Annual report of the Bengal Veterinary College and of the Civil Veterinary Department, Bengal, for the year 1913-1914 - 1913-1914
Year: 1913
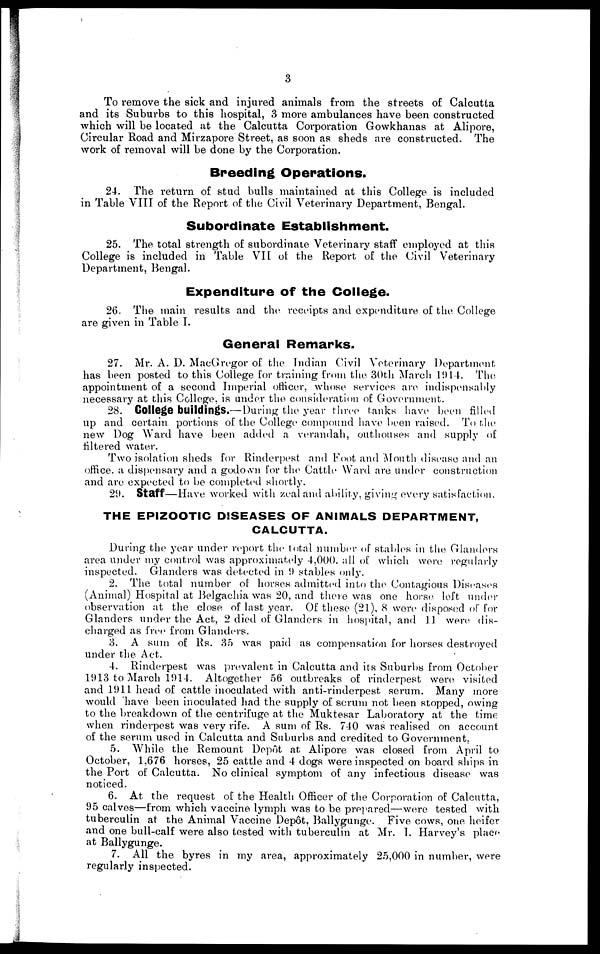
3
To remove the sick and injured animals from the streets of Calcutta
and its Suburbs to this hospital, 3 more ambulances have been constructed
which will be located at the Calcutta Corporation Gowkhanas at Alipore,
Circular Road and Mirzapore Street, as soon as sheds are constructed. The
work of removal will be done by the Corporation.
Breeding Operations.
24. The return of stud bulls maintained at this College is included
in Table VIII of the Report of the Civil Veterinary Department, Bengal.
Subordinate Establishment.
25. The total strength of subordinate Veterinary staff employed at this
College is included in Table VII of the Report of the Civil Veterinary
Department, Bengal.
Expenditure of the College.
26. The main results and the receipts and expenditure of the College
are given in Table I.
General Remarks.
27. Mr. A. D. MacGregor of the Indian Civil Veterinary Department
has been posted to this College for training from the 30th March 1914. The
appointment of a second Imperial officer, whose services are indispensably
necessary at this College, is under the consideration of Government.
28. College buildings.— During the year three tanks have been filled
up and certain portions of the College compound have been raised. To the
new Dog Ward have been added a verandah, outhouses and supply of
filtered water.
Two isolation sheds for Rinderpest and Foot and Mouth disease and an
office a dispensary and a godown for the Cattle Ward are under construction
and are expected to be completed shortly.
29. Staff—Have worked with Zeal and ability, giving every satisfaction,
THE EPIZOOTIC DISEASES OF ANIMALS DEPARTMENT,
CALCUTTA.
During the year under report the total number of stables in the Glanders
area under my control was approximately 4,000. all of which wene regularly
inspected. Glanders was detected in 9 stables only.
2. The total number of horses admitted into the Contagious Diseases
(Animal) Hospital at Belgachia was 20, and there was one horse left under
observation at the close of last year. Of these (21), 8 were disposed of for
Glanders under the Act, 2 died of Glanders in hospital, and 11 were dis-
charged as free from Glanders.
3. A sum of Rs. 35 was paid as compensation for horses destroyed
under the Act.
4. Rinderpest was prevalent in Calcutta and its Suburbs from October
1913 to March 1914. Altogether 56 outbreaks of rinderpest were visited
and 1911 head of cattle inoculated with anti-rinderpest serum. Many more
would have been inoculated had the supply of serum not been stopped, owing
to the breakdown of the centrifuge at the Muktesar Laboratory at the time
when rinderpest was very rife. A sum of Rs. 740 was realised on account
of the serum used in Calcutta and Suburbs and credited to Government.
5. While the Remount Depot at Alipore was closed from April to
October, 1,676 horses, 25 cattle and 4 dogs were inspected on board ships in
the Port of Calcutta. No clinical symptom of any infectious disease was
noticed.
6. At the request of the Health Officer of the Corporation of Calcutta,
95 calves—from which vaccine lymph was to be prepared—were tested with
tuberculin at the Animal Vaccine Depôt, Ballygunge. Five cows, one heifer
and one bull-calf were also tested with tuberculin at Mr. I. Harvey's place
at Ballygunge.
7. All the byres in my area, approximately 25,000 in number, were
regularly inspected.